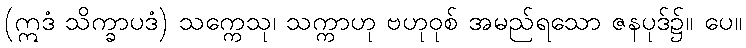
(ဣဒံ သိက္ခာပဒံ) သက္ကေသု၊ သက္ကာဟု ဗဟုဝုစ် အမည်ရသော ဇနပုဒ်၌။ ပေ။